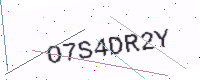
Text: O7S4DR2Y